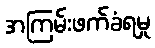
အကြမ်းဖက်ခံရမှု